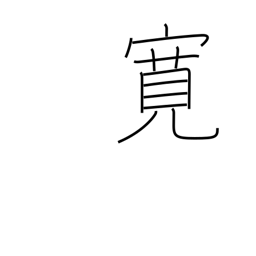
Meaning: broadminded